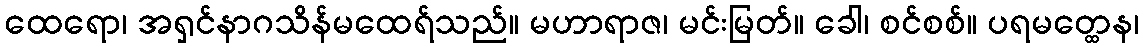
ထေရော၊ အရှင်နာဂသိန်မထေရ်သည်။ မဟာရာဇ၊ မင်းမြတ်။ ခေါ၊ စင်စစ်။ ပရမတ္ထေန၊